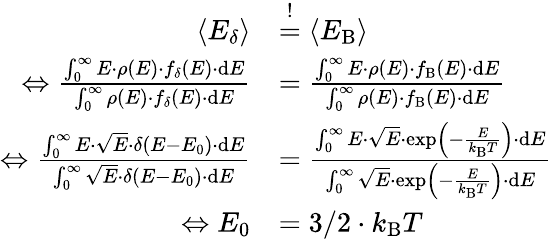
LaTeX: \begin{array}{rl}{\langle E_{\delta}\rangle}&{\overset{!}{=}\langle E_{\mathrm{B}}\rangle}\\ {\Leftrightarrow\frac{\int_{0}^{\infty}E\cdot\rho(E)\cdot f_{\delta}(E)\cdot\mathrm{d}E}{\int_{0}^{\infty}\rho(E)\cdot f_{\delta}(E)\cdot\mathrm{d}E}}&{=\frac{\int_{0}^{\infty}E\cdot\rho(E)\cdot f_{\mathrm{B}}(E)\cdot\mathrm{d}E}{\int_{0}^{\infty}\rho(E)\cdot f_{\mathrm{B}}(E)\cdot\mathrm{d}E}}\\ {\Leftrightarrow\frac{\int_{0}^{\infty}E\cdot\sqrt{E}\cdot\delta(E-E_{0})\cdot\mathrm{d}E}{\int_{0}^{\infty}\sqrt{E}\cdot\delta(E-E_{0})\cdot\mathrm{d}E}}&{=\frac{\int_{0}^{\infty}E\cdot\sqrt{E}\cdot\exp\left(-\frac{E}{k_{\mathrm{B}}T}\right)\cdot\mathrm{d}E}{\int_{0}^{\infty}\sqrt{E}\cdot\exp\left(-\frac{E}{k_{\mathrm{B}}T}\right)\cdot\mathrm{d}E}}\\ {\Leftrightarrow E_{0}}&{=3/2\cdot k_{\mathrm{B}}T}\end{array}